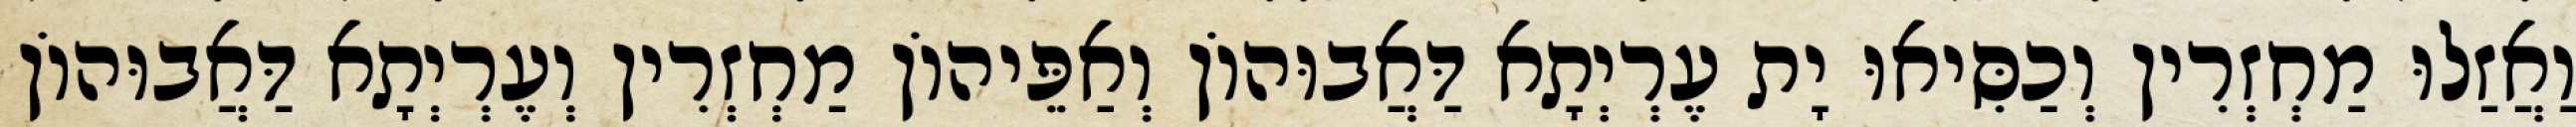
וַאֲזַלוּ מַחְזְרִין וְכַסִּיאוּ יָת עֶרְיְתָא דַּאֲבוּהוֹן וְאַפֵּיהוֹן מַחְזְרִין וְעֶרְיְתָא דַּאֲבוּהוֹן